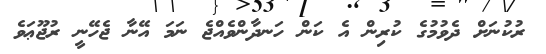
ރުކުނަށް ދެވުމުގެ ކުރިން އެ ކަން ހަނދާންވެއްޖެ ނަމަ އޭނާ ޖެހޭނީ ރުޖޫޢަވެ